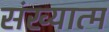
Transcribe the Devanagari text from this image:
संख्यात्म